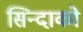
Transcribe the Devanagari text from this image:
सिन्दाको